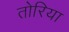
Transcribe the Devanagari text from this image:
तोरिया